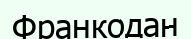
Франкодан